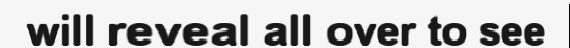
will reveal all over to see